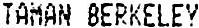
TAMAN BERKELEY